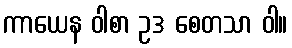
ကာယေန ဝါစာ ဥဒ စေတသာ ဝါ။